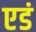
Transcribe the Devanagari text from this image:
एडं